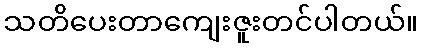
သတိပေးတာကျေးဇူးတင်ပါတယ်။